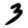
Digit: 3